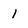
Character: 1